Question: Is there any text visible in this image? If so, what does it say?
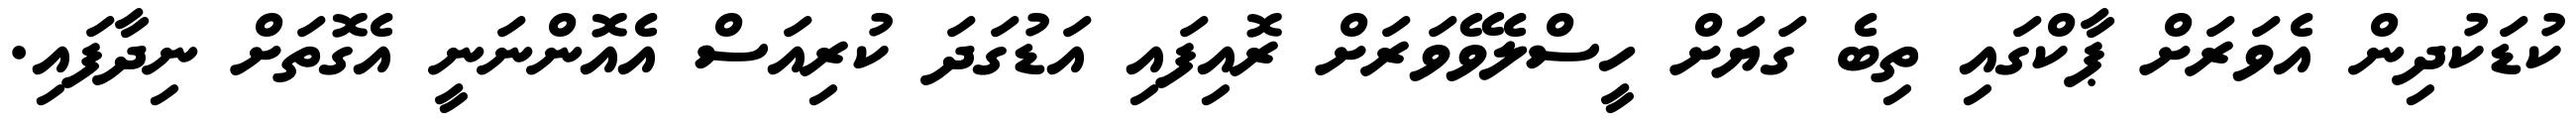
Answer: ކުޑަކުދިން އެވަރަށް ޕާކްގައި ތިބެ ގަޔަށް ހީސްލެވޭވަރަށް ރޮއިފައި އަޑުގަދަ ކުރިއަސް އެއޮންނަނީ އެގޮތަށް ނިދާފައި.